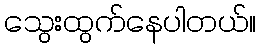
သွေးထွက်နေပါတယ်။